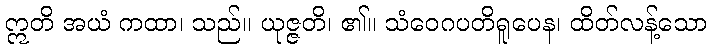
ဣတိ အယံ ကထာ၊ သည်။ ယုဇ္ဇတိ၊ ၏။ သံဝေဂပတိရူပေန၊ ထိတ်လန့်သော